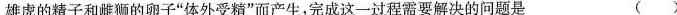
雄虏的精子和雌狮的卵子”体外受精”而产生，完成这一过程需要解决的问题是 ()